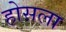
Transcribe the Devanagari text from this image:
होसला